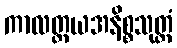
ကာလတ္တယအနိစ္စသုတ္တံ